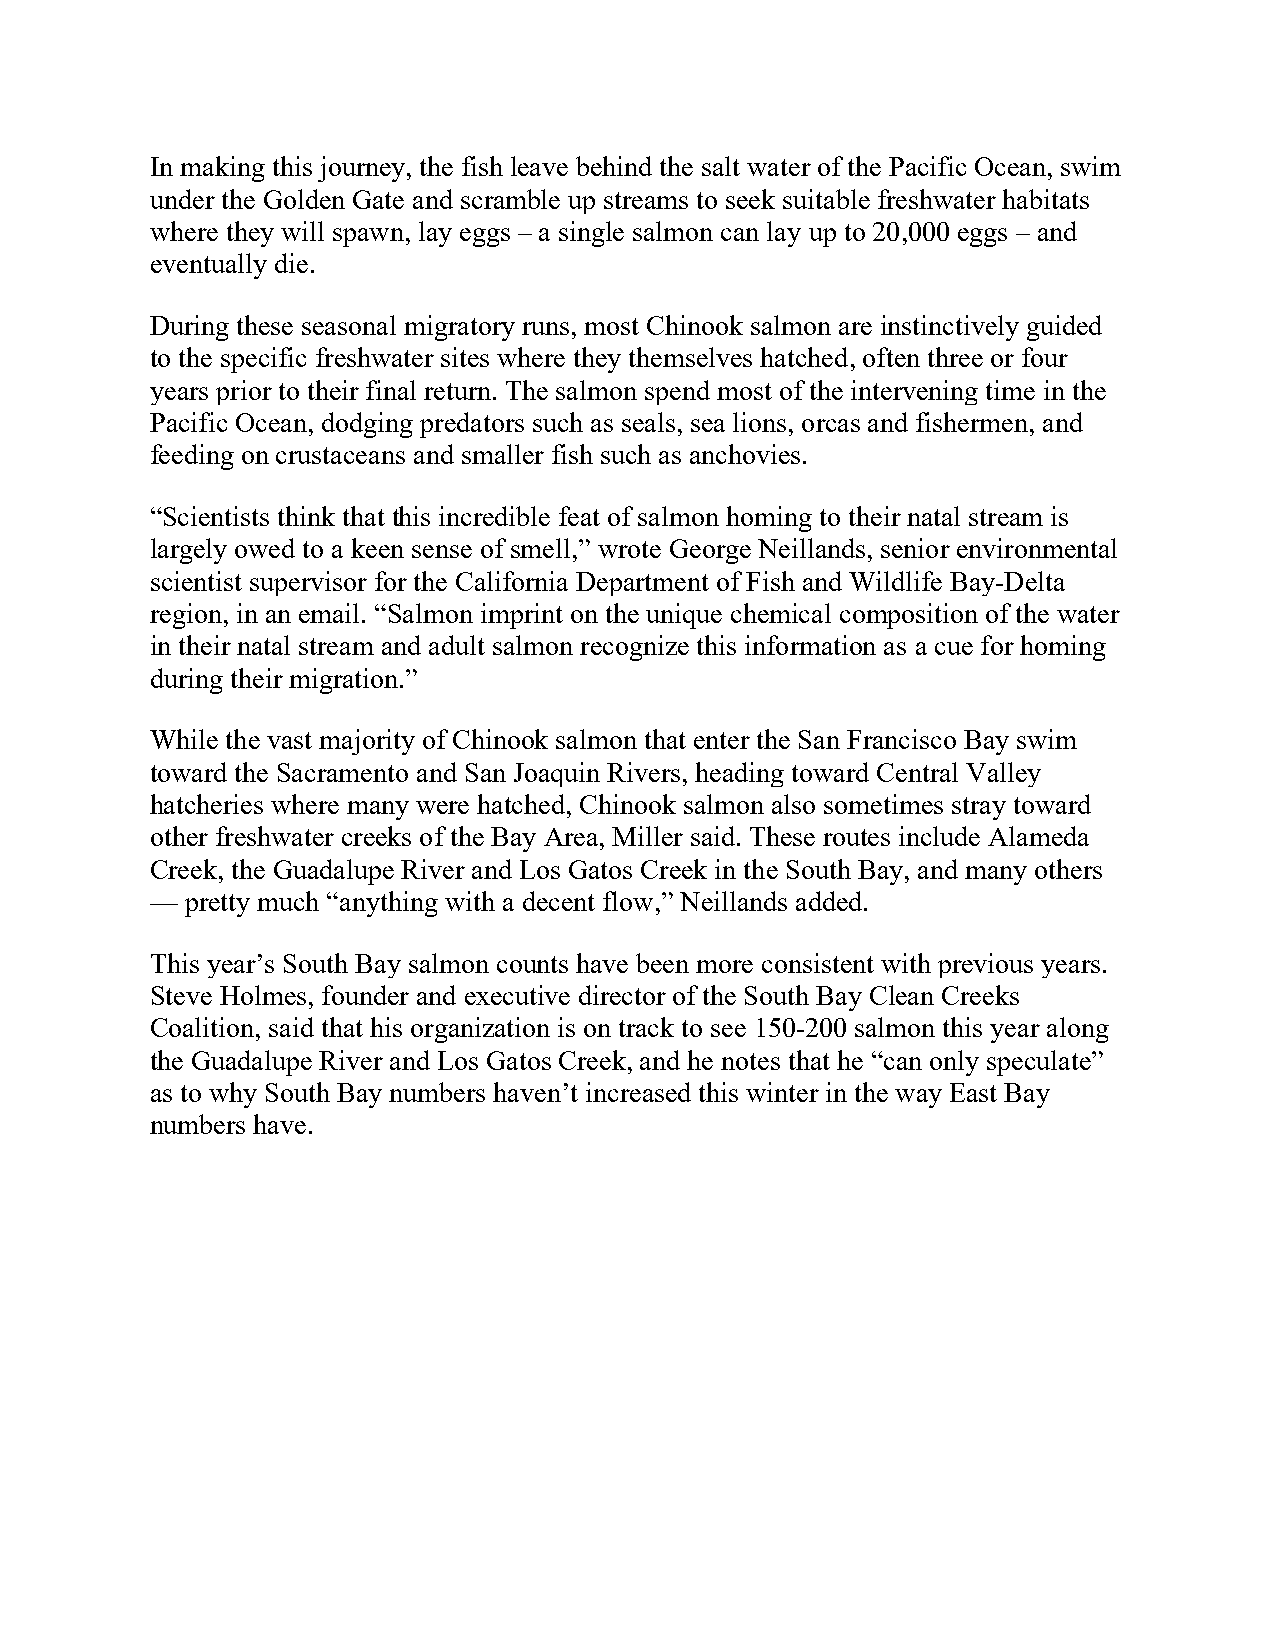
In making this journey, the fish leave behind the salt water of the Pacific Ocean, swim
 under the Golden Gate and scramble up streams to seek suitable freshwater habitats
 where they will spawn, lay eggs – a single salmon can lay up to 20,000 eggs – and
 eventually die.
 During these seasonal migratory runs, most Chinook salmon are instinctively guided
 to the specific freshwater sites where they themselves hatched, often three or four
 years prior to their final return. The salmon spend most of the intervening time in the
 Pacific Ocean, dodging predators such as seals, sea lions, orcas and fishermen, and
 feeding on crustaceans and smaller fish such as anchovies.
 “Scientists think that this incredible feat of salmon homing to their natal stream is
 largely owed to a keen sense of smell,” wrote George Neillands, senior environmental
 scientist supervisor for the California Department of Fish and Wildlife Bay-Delta
 region, in an email. “Salmon imprint on the unique chemical composition of the water
 in their natal stream and adult salmon recognize this information as a cue for homing
 during their migration.”
 While the vast majority of Chinook salmon that enter the San Francisco Bay swim
 toward the Sacramento and San Joaquin Rivers, heading toward Central Valley
 hatcheries where many were hatched, Chinook salmon also sometimes stray toward
 other freshwater creeks of the Bay Area, Miller said. These routes include Alameda
 Creek, the Guadalupe River and Los Gatos Creek in the South Bay, and many others
 — pretty much “anything with a decent flow,” Neillands added.
 This year’s South Bay salmon counts have been more consistent with previous years.
 Steve Holmes, founder and executive director of the South Bay Clean Creeks
 Coalition, said that his organization is on track to see 150-200 salmon this year along
 the Guadalupe River and Los Gatos Creek, and he notes that he “can only speculate”
 as to why South Bay numbers haven’t increased this winter in the way East Bay
 numbers have.